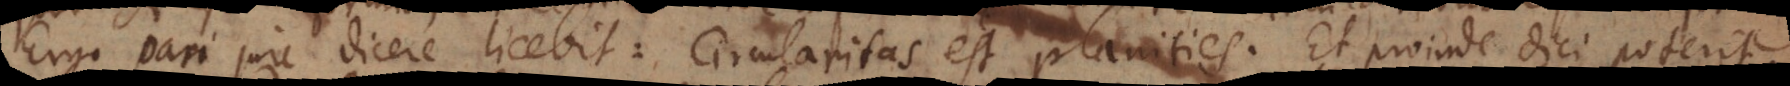
Ergo pari jure dicere licebit: Circularitas est planities. Et proinde dici poterit: